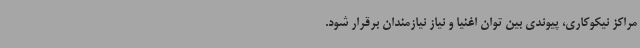
مراکز نیکوکاری، پیوندی بین توان اغنیا و نیاز نیازمندان برقرار شود.